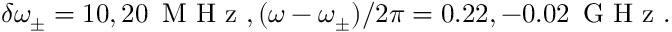
\delta \omega _ { \pm } = 1 0 , 2 0 \, \textrm { M H z } , ( \omega - \omega _ { \pm } ) / 2 \pi = 0 . 2 2 , - 0 . 0 2 \, \textrm { G H z } .